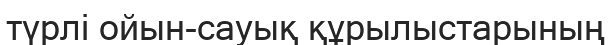
түрлі ойын-сауық құрылыстарының